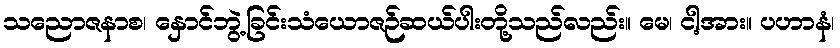
သညောဇနာစ၊ နှောင်ဘွဲ့ခြင်းသံယောဇဉ်ဆယ်ပါးတို့သည်လည်း။ မေ၊ ငါ့အား။ ပဟာနံ၊